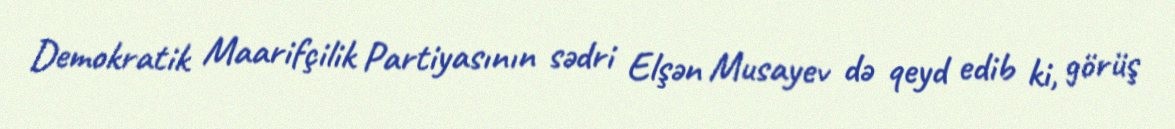
Demokratik Maarifçilik Partiyasının sədri Elşən Musayev də qeyd edib ki, görüş